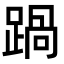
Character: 踻